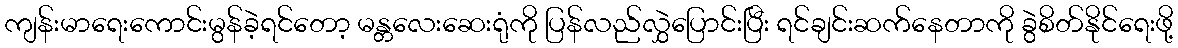
ကျန်းမာရေးကောင်းမွန်ခဲ့ရင်တော့ မန္တလေးဆေးရုံကို ပြန်လည်လွှဲပြောင်းပြီး ရင်ချင်းဆက်နေတာကို ခွဲစိတ်နိုင်ရေးဖို့